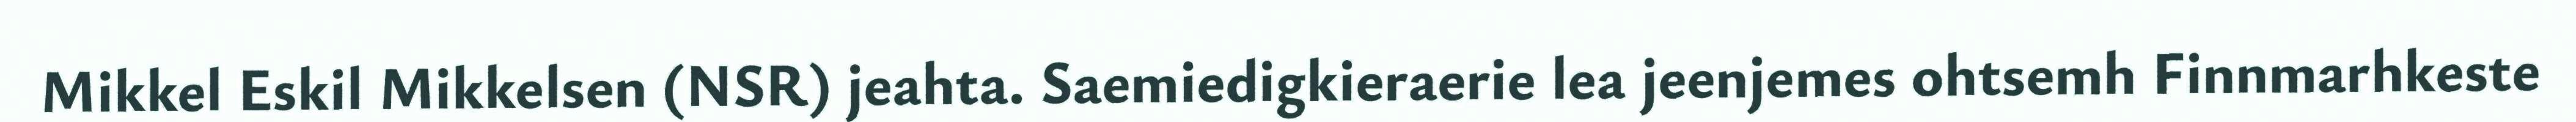
Mikkel Eskil Mikkelsen (NSR) jeahta. Saemiedigkieraerie lea jeenjemes ohtsemh Finnmarhkeste